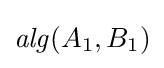
{\mathit {alg}}(A_{1},B_{1})